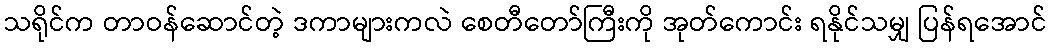
သရိုင်က တာဝန်ဆောင်တဲ့ ဒကာများကလဲ စေတီတော်ကြီးကို အုတ်ကောင်း ရနိုင်သမျှ ပြန်ရအောင်